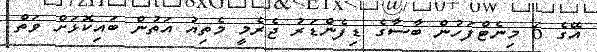
އޭގެ 6 މިނެޓްފަހުން ބާސާގެ ޑިފެންޑަރު ޖެރެމީ މެތިއު އަތުން ބައިކޮޅަށް ވަތް